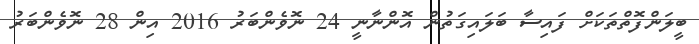
ބީލަންފޮތްތަކަށް ފައިސާ ބަލައިގަތުން އޮންނާނީ 24 ނޮވެންބަރު 2016 އިން 28 ނޮވެންބަރު